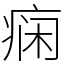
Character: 痫